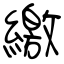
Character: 繳